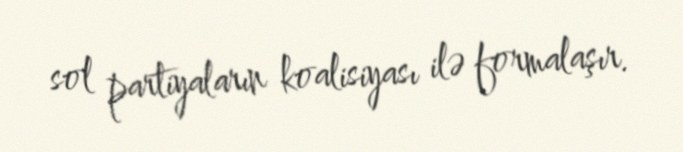
sol partiyaların koalisiyası ilə formalaşır.